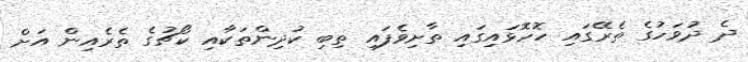
ދެ ދުވަހުގެ ތެރޭގައި ހޮހޮޅައިގައި ތާށިވެފައި ތިބި ކުދިންތަކާއި ކޯޗުގެ ތެރެއިން އަށް